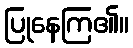
ပြုနေကြ၏။